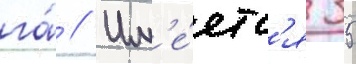
га́ // Им'е́етс'я 35